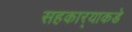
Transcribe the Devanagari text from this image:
सहकार्‍याकडे